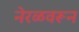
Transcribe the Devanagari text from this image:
नेरळवरून